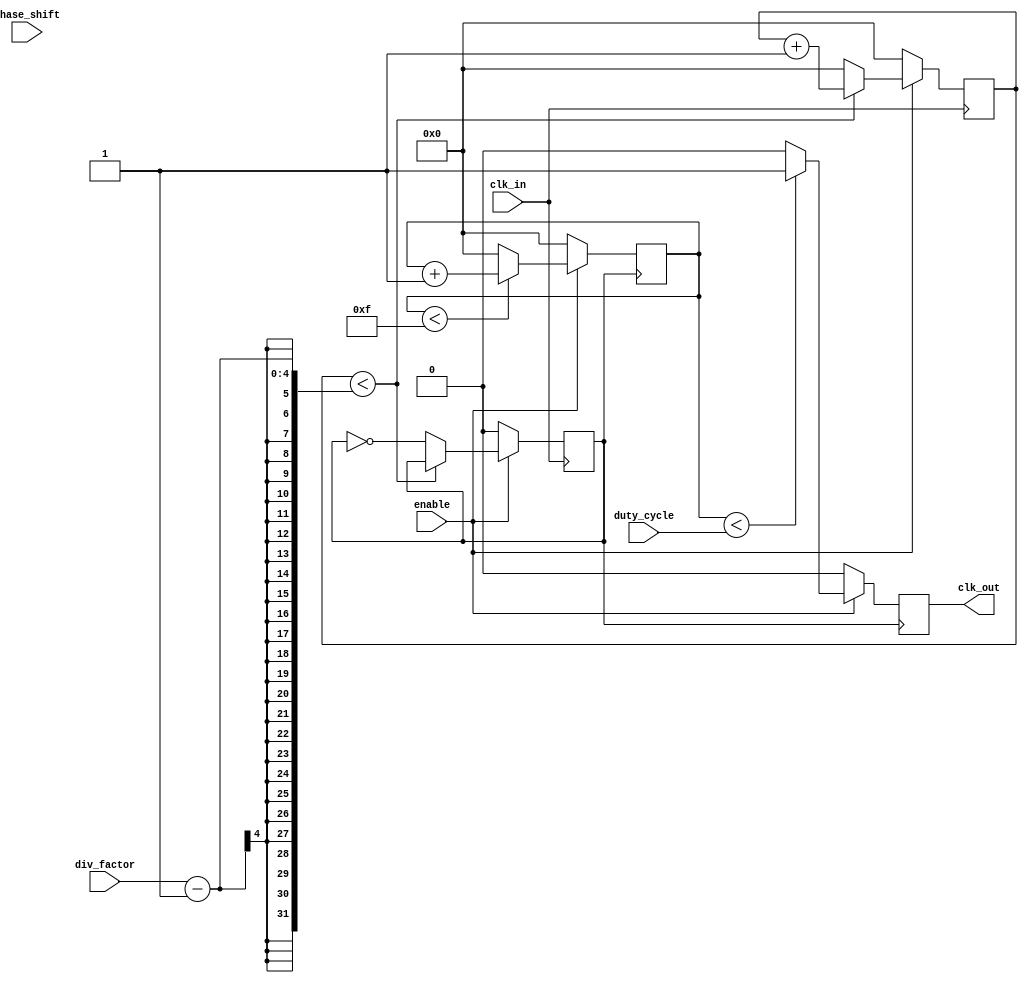
module ProgrammableClockBuffer (
    input wire clk_in,               // Primary clock input
    input wire enable,               // Enable signal
    input wire [3:0] div_factor,     // Division factor for clock divider
    input wire [3:0] phase_shift,    // Phase shift control
    input wire [3:0] duty_cycle,      // Duty cycle control (0-15 for 0-100%)
    output reg clk_out               // Output clock
);

    reg [3:0] counter;               // Counter for clock division
    reg [3:0] duty_counter;          // Counter for duty cycle modulation
    reg clk_div;                     // Divided clock signal
    reg clk_phase_shifted;           // Phase shifted clock signal

    // Clock Divider Logic
    always @(posedge clk_in) begin
        if (enable) begin
            if (counter < div_factor - 1) begin
                counter <= counter + 1;
            end else begin
                counter <= 0;
                clk_div <= ~clk_div; // Toggle divided clock
            end
        end else begin
            counter <= 0;
            clk_div <= 0; // Disable clock output
        end
    end

    // Duty Cycle Modulation Logic
    always @(posedge clk_div) begin
        if (enable) begin
            if (duty_counter < duty_cycle) begin
                clk_out <= 1; // Output high during duty cycle
            end else begin
                clk_out <= 0; // Output low otherwise
            end
            
            if (duty_counter < 15) begin
                duty_counter <= duty_counter + 1; // Increment duty counter
            end else begin
                duty_counter <= 0; // Reset duty counter
            end
        end else begin
            clk_out <= 0; // Disable output clock
            duty_counter <= 0; // Reset duty counter
        end
    end

    // Phase Shift Logic (Simple implementation)
    always @(posedge clk_div) begin
        if (enable) begin
            if (phase_shift > 0) begin
                // Implement phase shifting by delaying the clock output
                // This is a simplistic approach and may need to be refined
                clk_phase_shifted <= clk_out; // Shift the phase based on phase_shift value
            end else begin
                clk_phase_shifted <= clk_out; // No phase shift
            end
        end else begin
            clk_phase_shifted <= 0; // Disable phase shifted clock
        end
    end

endmodule